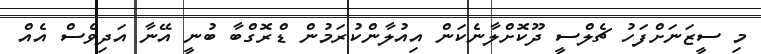
މި ސީޒަނަށްފަހު ޗެލްސީ ދޫކޮށްލާނެކަން އިއުލާންކުރަމުން ޑްރޮގްބާ ބުނީ އޭނާ އަދިވެސް އެއް